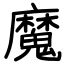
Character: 魔